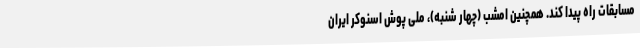
مسابقات راه پیدا کند. همچنین امشب (چهار شنبه)، ملی پوش اسنوکر ایران